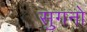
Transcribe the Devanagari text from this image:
सुगनो